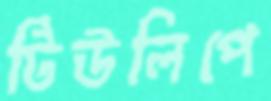
টিউলিপে